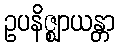
ဥပနိဇ္ဈာယန္တာ